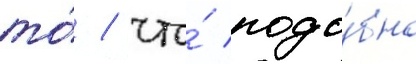
то́ / что́ подо́бно